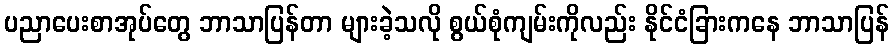
ပညာပေးစာအုပ်တွေ ဘာသာပြန်တာ များခဲ့သလို စွယ်စုံကျမ်းကိုလည်း နိုင်ငံခြားကနေ ဘာသာပြန်